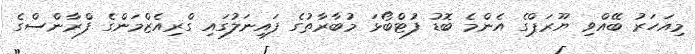
މިއަހަރު ބޭއްވި ޔޫރަޕްގެ އެންމެ ބޮޑު ފުޓްބޯޅަ މުބާރާތުގެ ފައިނަލުގައި ގްރިއެޒްމަންގެ ފްރާންސްގެ